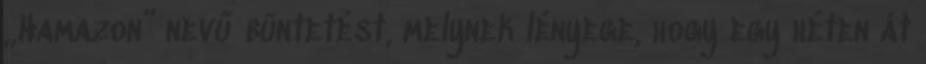
„Hamazon” nevű büntetést, melynek lényege, hogy egy héten át